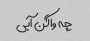
چه واگن آبی